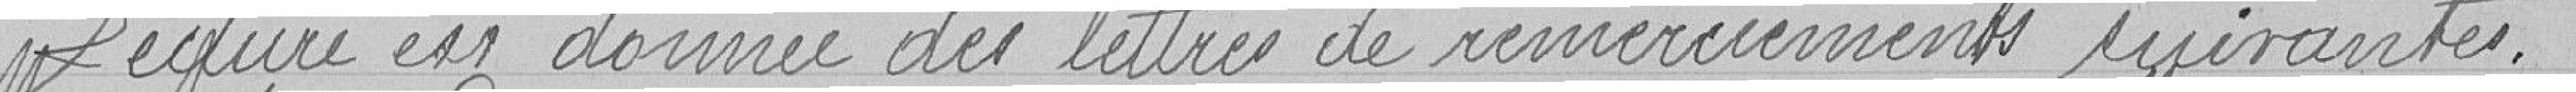
Lecture est donnée des lettres de remerciements suivantes